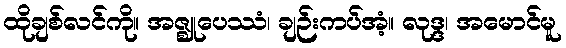
ထိုချစ်လင်ကို။ အဇ္ဈုပေဿံ၊ ချဉ်းကပ်အံ့။ လုဒ္ဒ၊ အမောင်မူ